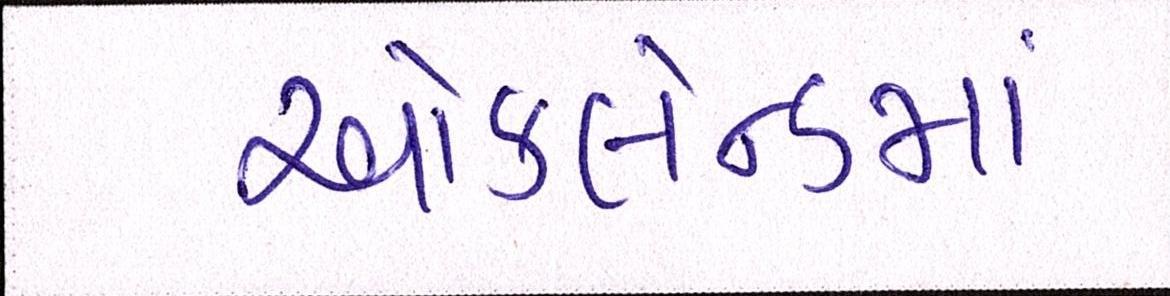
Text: ઑકલેન્ડમાં